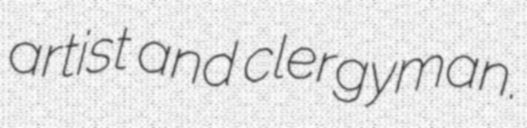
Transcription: artist and clergyman.